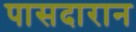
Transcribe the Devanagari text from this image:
पासदारान